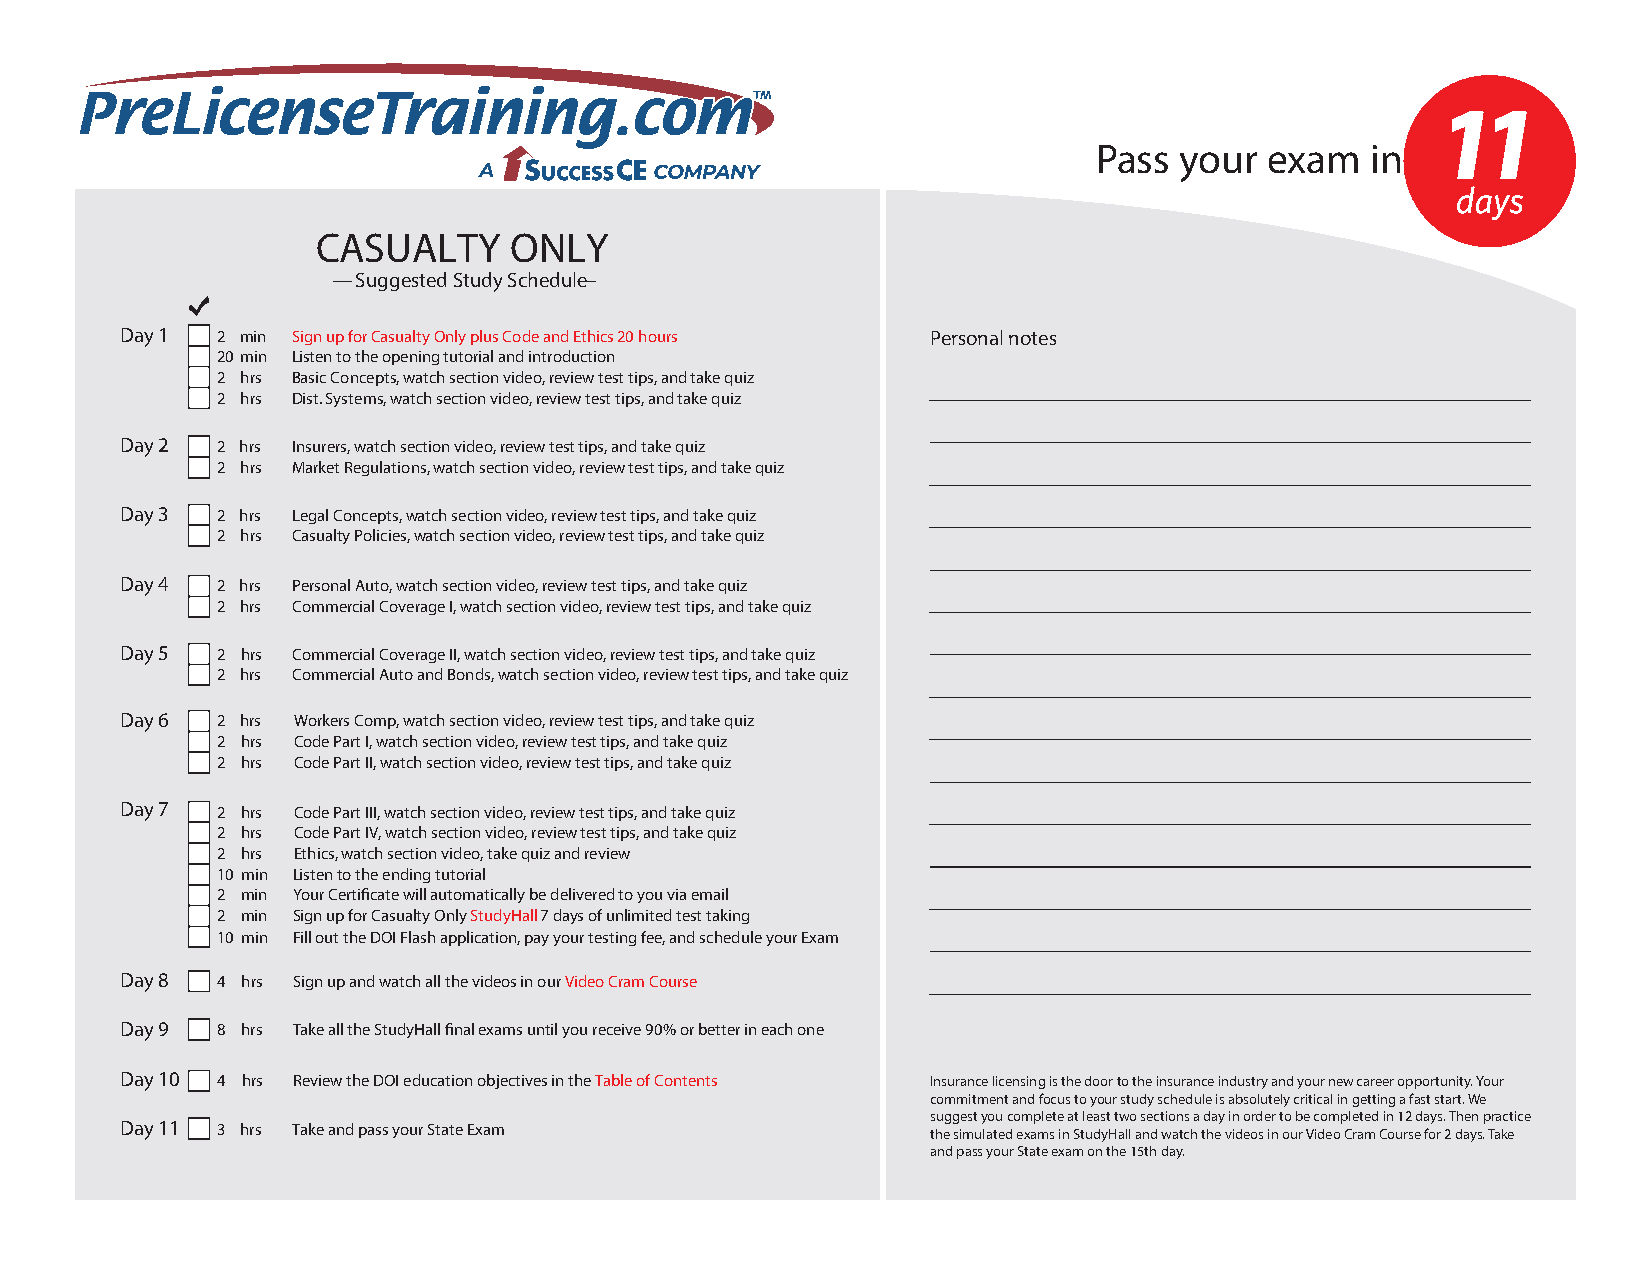
Pass your  exam   in
 CASUALTY     ONLY
 — Suggested Study Schedu l—e
 Day 1 2 min Sign up for Casualty Only plus Code and Ethics 20 hours Personal notes
 20 min Listen to the opening tutorial and introduction
 2 hrs Basic Concepts, watch section video, review test tips, and take quiz
 2 hrs Dist. Systems, watch section video, review test tips, and take quiz
 Day 2 2 hrs Insurers, watch section video, review test tips, and take quiz
 2 hrs Market Regulations, watch section video, review test tips, and take quiz
 Day 3 2 hrs Legal Concepts, watch section video, review test tips, and take quiz
 2 hrs Casualty Policies, watch section video, review test tips, and take quiz
 Day 4 2 hrs Personal Auto, watch section video, review test tips, and take quiz
 2 hrs Commercial Coverage I, watch section video, review test tips, and take quiz
 Day 5 2 hrs Commercial Coverage II, watch section video, review test tips, and take quiz
 2 hrs Commercial Auto and Bonds, watch section video, review test tips, and take quiz
 Day 6 2 hrs Workers Comp, watch section video, review test tips, and take quiz
 2 hrs Code Part I, watch section video, review test tips, and take quiz
 2 hrs Code Part II, watch section video, review test tips, and take quiz
 Day 7 2 hrs Code Part III, watch section video, review test tips, and take quiz
 2 hrs Code Part IV, watch section video, review test tips, and take quiz
 2 hrs Ethics, watch section video, take quiz and review
 10 min Listen to the ending tutorial
 2 min Your Certificate will automatically be delivered to you via email
 2 min Sign up for Casualty Only StudyHall 7 days of unlimited test taking
 10 min Fill out the DOI Flash application, pay your testing fee, and schedule your Exam
 Day 8 4 hrs Sign up and watch all the videos in our Video Cram Course
 Day 9 8 hrs Take all the StudyHall final exams until you receive 90% or better in each one
 Day 10 4 hrs Review the DOI education objectives in the Table of Contents Insurance licensing is the door to the insurance industry and your new career opportunity. Your
 commitment and focus to your study schedule is absolutely critical in getting a fast start. We
 suggest you complete at least two sections a day in order to be completed in 12 days. Then practice
 Day 11 3 hrs Take and pass your State Exam            the simulated exams in StudyHall and watch the videos in our Video Cram Course for 2 days. Take
 and pass your State exam on the 15th day.